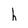
Character: h